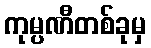
ကုမ္ပဏီတစ်ခုမှ